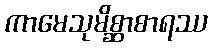
ကာမေသုမိစ္ဆာစာရဿ